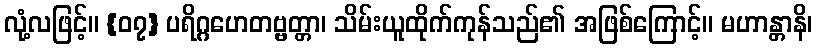
လုံ့လဖြင့်။ {၀၇} ပရိဂ္ဂဟေတဗ္ဗတ္တာ၊ သိမ်းယူထိုက်ကုန်သည်၏ အဖြစ်ကြောင့်။ မဟာန္တာနိ၊